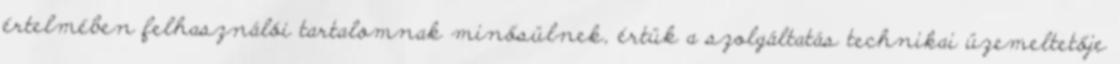
értelmében felhasználói tartalomnak minősülnek, értük a szolgáltatás technikai üzemeltetője